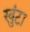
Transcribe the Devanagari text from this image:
खुंटा